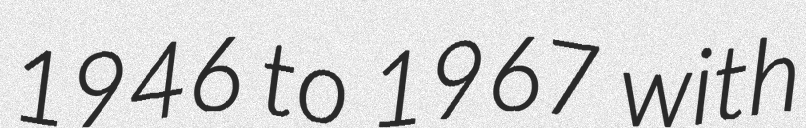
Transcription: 1946 to 1967 with